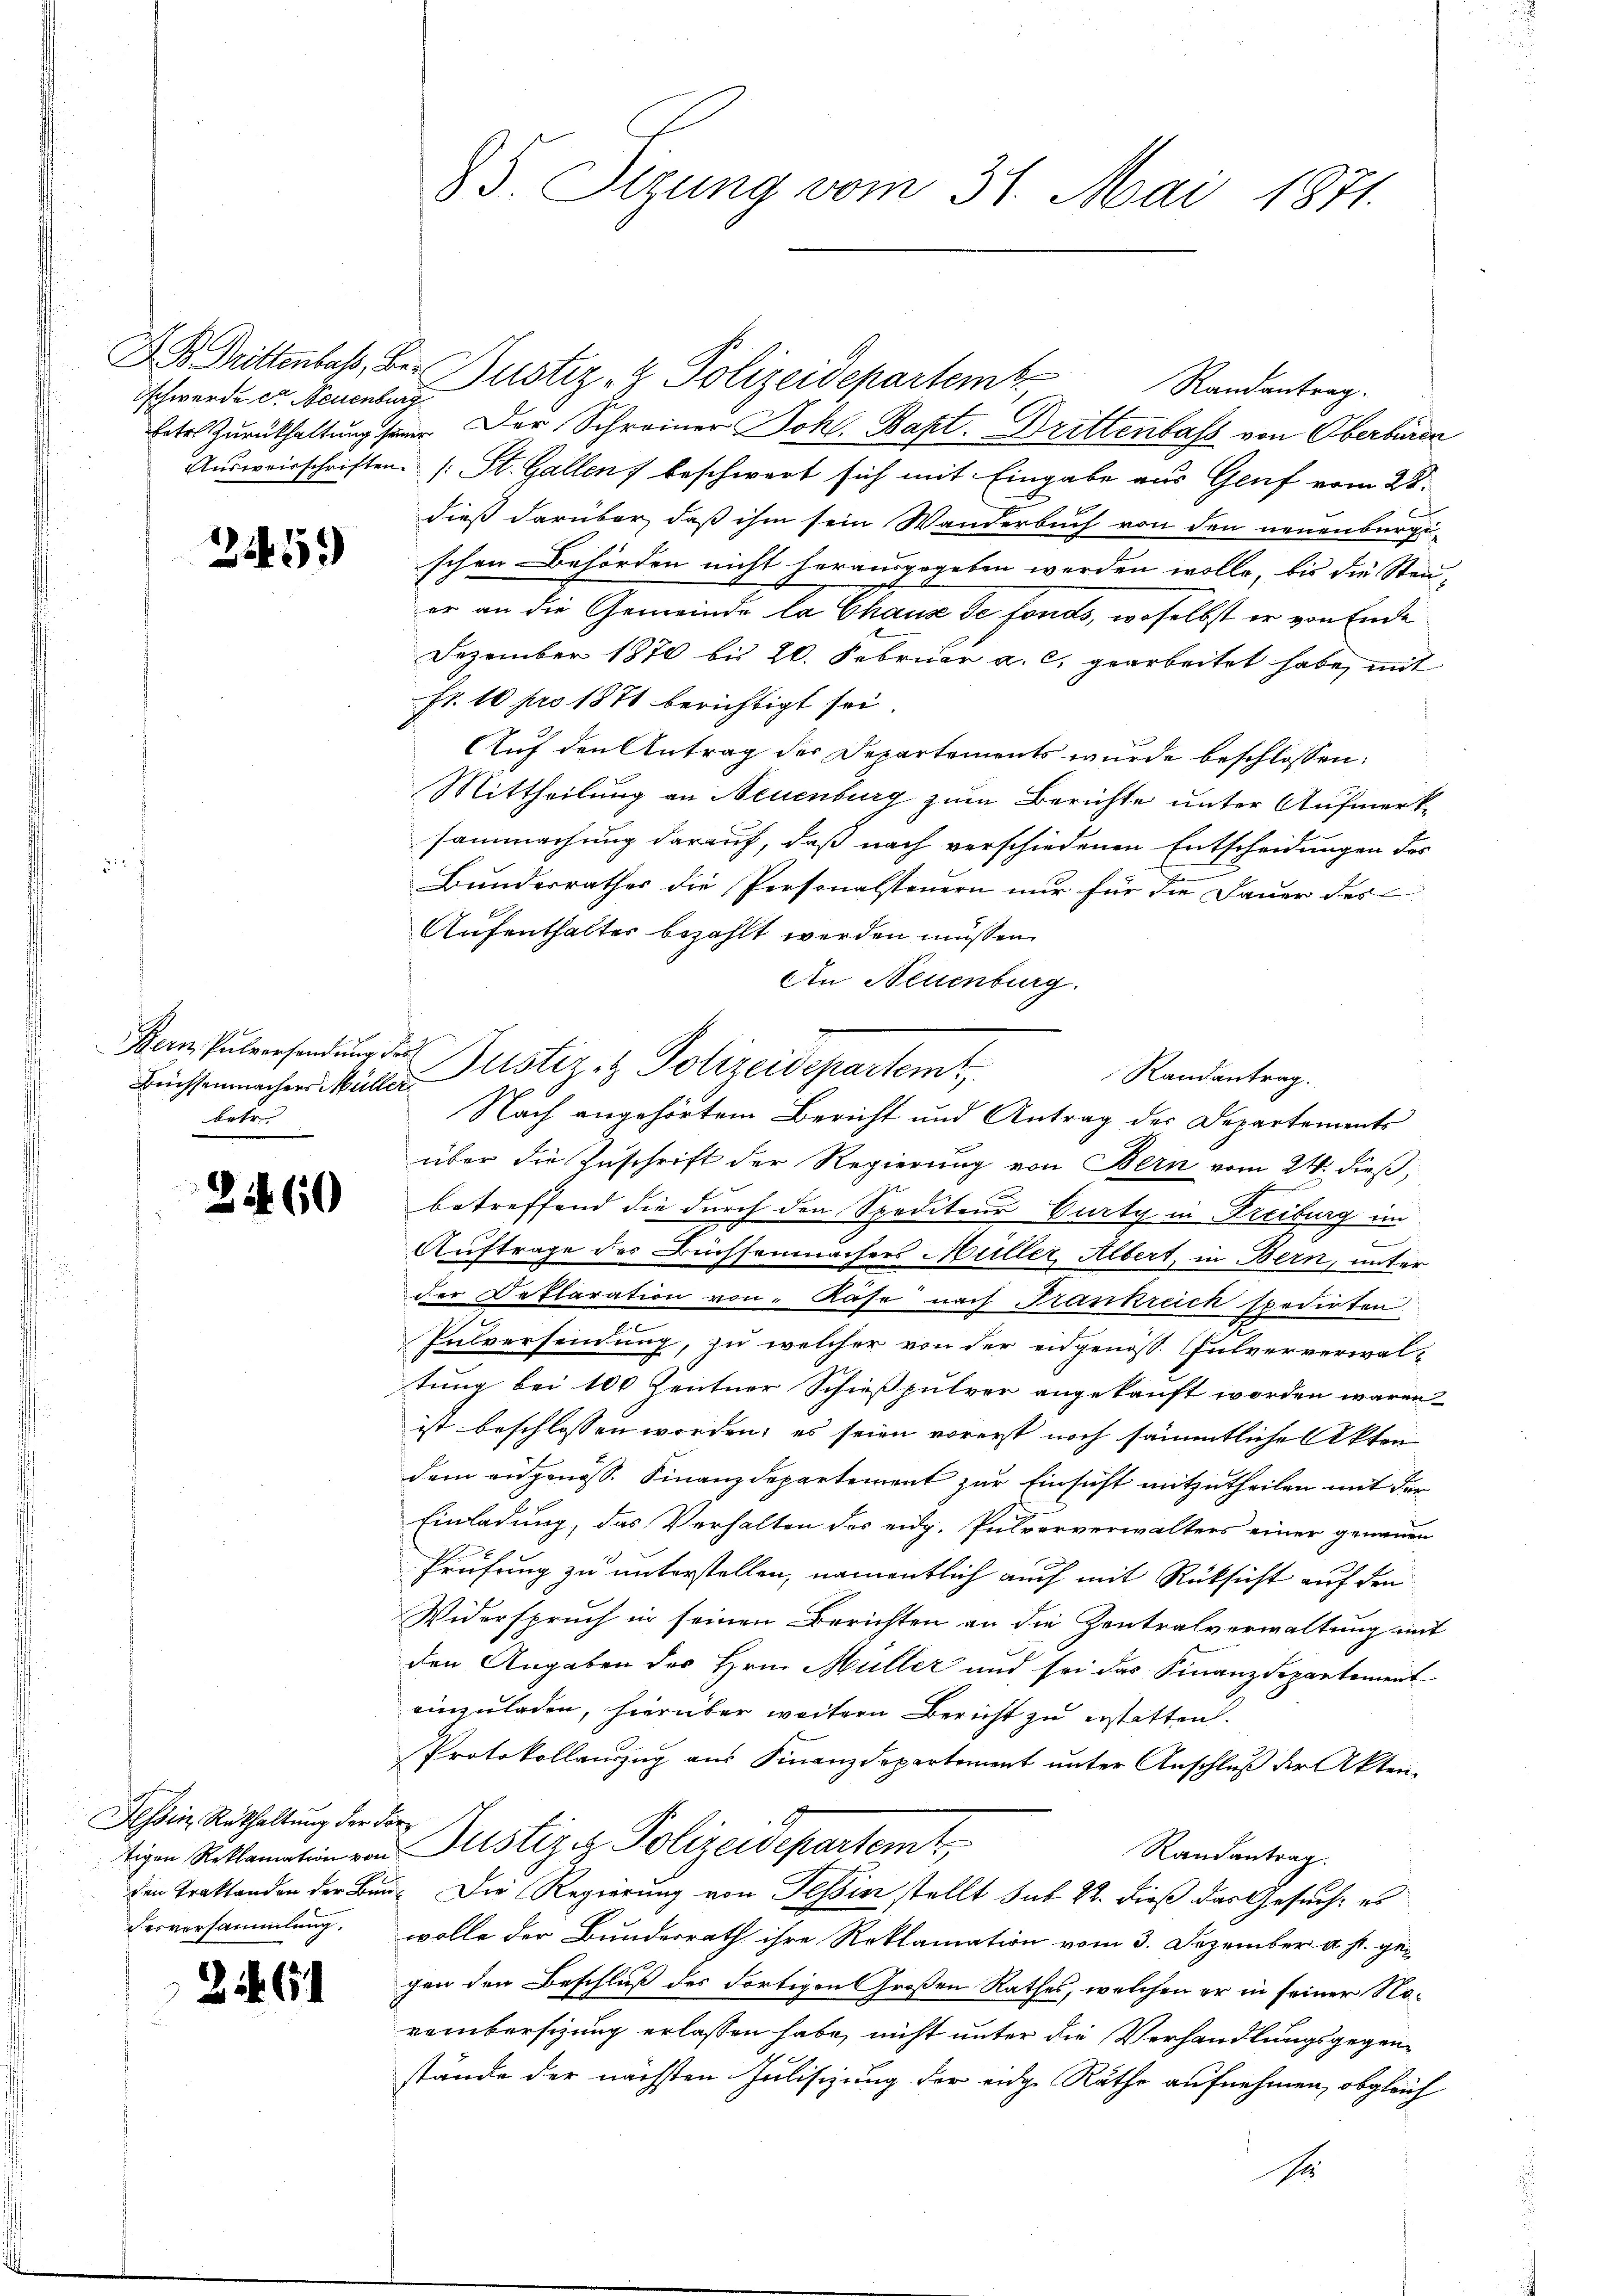
Ich werde der Neuenburg

3.

25

2

159

Bern Pulversendung der
betre

60

Tessin, Rükhaltung der Foresversammlung.

6

85. Sizung vom 31. Mai 1871.

D Drittenbas, Be. Gustiz- & Polizeidepartem Randantrag.
betr. Zurückhaltung seine Der Schreiner Johl. Bapt. Drittenbass von Oberbiren
Ausweisschriften (: St. Gallen beschwert sich mit Eingabe aus Gruf vom 28.
dieß darüber, daß ihm sein Wanderbuch von den neuenburgi-
schen Behörden nicht herausgegeben werden wolle, bis die Steu-
er an die Gemeinde la Chaus de fonds, woselbst er von Ende
Dezember 1870 bis 20. Februar a. c. gearbeitet habe, mit
Fr. 10 pro 1871 berichtigt sei.
Auf den Antrag der Departements wurde beschlossen:
Mittheilung an Neuenburg zum Berichte unter Aufmerksammachung darauf, daß nach verschiedenen Entscheidungen der
Bunderrathes die Personalsteuern nur für die Dauer des
Aufenthalter bezahlt werden müssen.
An Neuenburg.
Randantrag.
Nach angehörtem Bericht und Antrag der Departements
über die Zuschrift der Regierung von Bern vom 24. dieß,
betreffend die durch den Spediteur Curty in Freiburg im
e
Auftrage des Büchsenmächers Müller, Albert, in Bern, unter
der Deflaration von Käse nach Frankreich spedirten
Pulversendung, zu welcher von der eidgenöss. Pulververwaltung bei 100 Zentner Schießpulver angekauft worden wären
ist beschlossen worden; es seien vorerst noch sämmtliche Akten
dem eidgenöss. Finanzdepartement zur Einsicht mitzutheilen mit der
Einladung, das Verhalten des eidg. Pulververwalters einer genauen
Prüfung zu unterstellen, namentlich auch mit Rüksicht auf den
Widerspruch in seinen Berichten an die Zentralverwaltung mit
den Angaben des Hrn. Müller und sei das Finanzdepartement
einzuladen, hierüber weitern Bericht zu erstatten.
Protokollauszug aus Finanzdepartement ŭnter Anschlŭβ der Akten-
tigen Reklamation von Justiziz. Polizeidepartemt,
Randantrag.
den Traktanden der Bunde Die Regierung von Tessin stellt sub 22. dieß das Gesuch, es
wolle der Bundesrath ihre Reklamation vom 3. Dezember a. s. gegen den Beschluß des dortigen Großen Rathes, welchen er in seiner Noreinbersizung erlassen habe, nicht unter die Verhandlungsgegenstände der nächsten Julisizung der eidge Räthe aufnehmen, obgleich

Füchsenmacher Müller Justiz- & Polizeidepartem